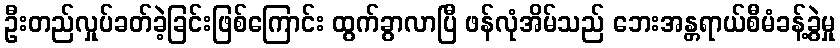
ဦးတည်လှုပ်ခတ်ခဲ့ခြင်းဖြစ်ကြောင်း ထွက်ခွာလာပြီ ဖန်လုံအိမ်သည် ဘေးအန္တရာယ်စီမံခန့်ခွဲမှု